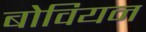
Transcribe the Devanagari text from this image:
बोवियन